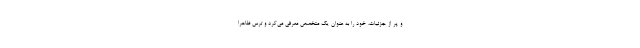
و پر از جزئیات، خود را به عنوان یک متخصص معرفی می‌کرد و ترس ظاهراً